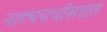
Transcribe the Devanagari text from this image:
नाट्यचर्चासत्रात